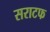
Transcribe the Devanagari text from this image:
सराटफ